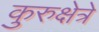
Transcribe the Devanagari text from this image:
कुरुक्षेत्रे